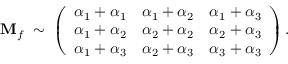
{ \bf M } _ { f } \; \sim \; \left( \begin{array} { l l l } { { \alpha _ { 1 } + \alpha _ { 1 } } } & { { \alpha _ { 1 } + \alpha _ { 2 } } } & { { \alpha _ { 1 } + \alpha _ { 3 } } } \\ { { \alpha _ { 1 } + \alpha _ { 2 } } } & { { \alpha _ { 2 } + \alpha _ { 2 } } } & { { \alpha _ { 2 } + \alpha _ { 3 } } } \\ { { \alpha _ { 1 } + \alpha _ { 3 } } } & { { \alpha _ { 2 } + \alpha _ { 3 } } } & { { \alpha _ { 3 } + \alpha _ { 3 } } } \end{array} \right) .